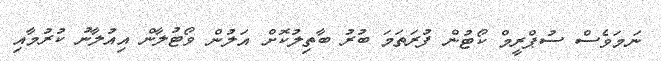
ނަމަވެސް ސުޕްރީމް ކޯޓުން ފުރަތަމަ ބުރު ބާތިލުކޮށް އަލުން ވޯޓުލާން އިއުލާނު ކުރުމާއި